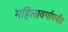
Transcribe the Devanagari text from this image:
महिलावर्गापर्यंत